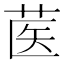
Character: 𰱃